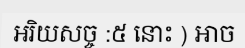
អរិយសច្ច :៥ នោះ ) ឤច